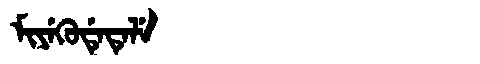
Manchu: ᠮᡳᠶᡝᡴᡠᡩᡝᡨᡝᠯᡝ
Romanization: MIYEKUDETELE